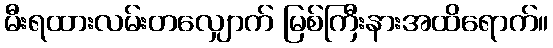
မီးရထားလမ်းတလျှောက် မြစ်ကြီးနားအထိရောက်။